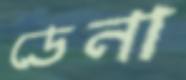
ডেনা